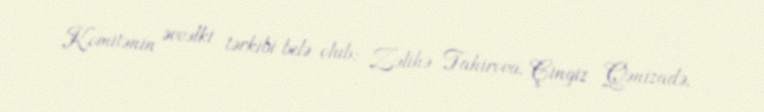
Komitənin əvvəlki tərkibi belə olub: Zəlihə Tahirova, Çingiz Qənizadə,